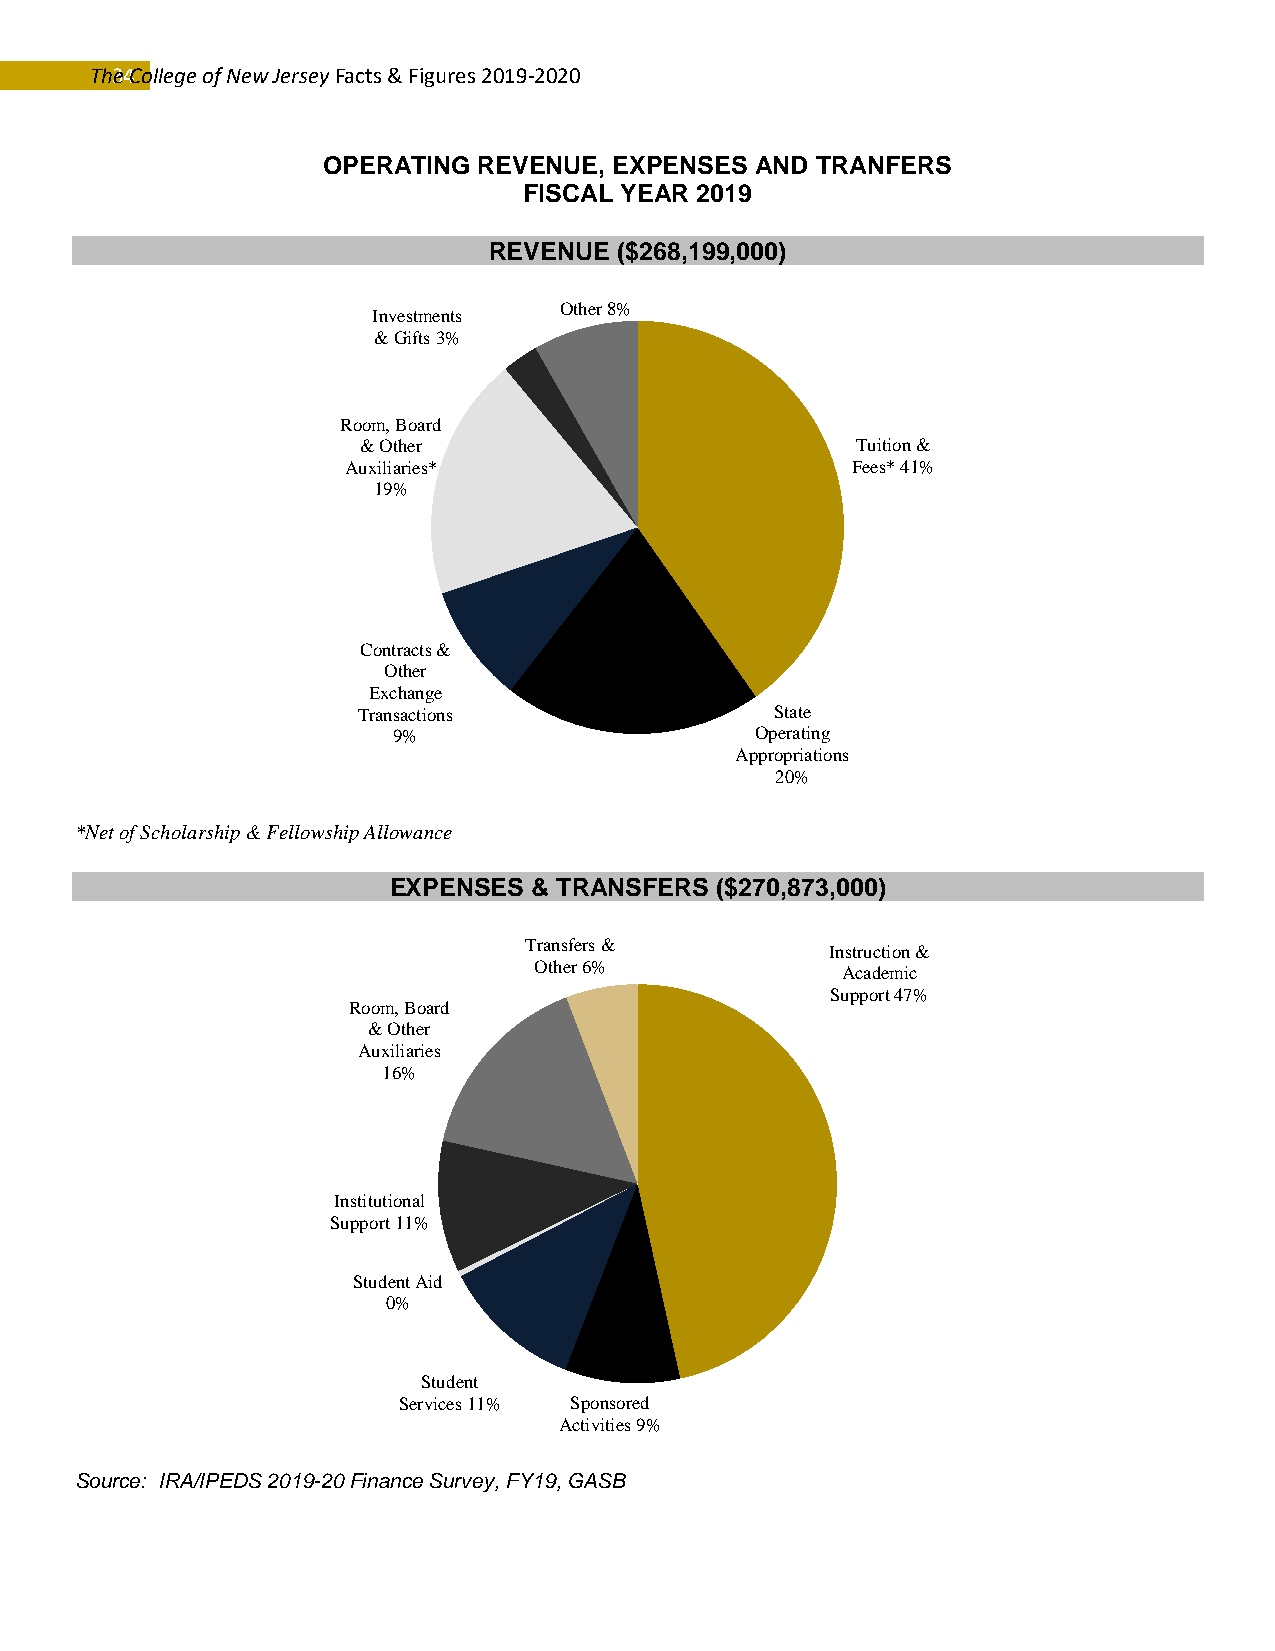
Th3e4 C ollege of New Jersey Facts & Figures 2019-2020
 OPERATING  REVENUE, EXPENSES AND TRANFERS
 FISCAL YEAR 2019
 REVENUE  ($268,199,000)
 Other8%
 Investments
 & Gifts3%
 Room, Board
 & Other                          Tuition &
 Auxiliaries*                     Fees*41%
 19%
 Contracts &
 Other
 Exchange
 Transactions               State
 9%                      Operating
 Appropriations
 20%
 *Net of Scholarship & Fellowship Allowance
 EXPENSES & TRANSFERS ($270,873,000)
 Transfers &
 Instruction &
 Other6%
 Academic
 Support47%
 Room, Board
 & Other
 Auxiliaries
 16%
 Institutional
 Support11%
 Student Aid
 0%
 Student
 Services11% Sponsored
 Activities9%
 Source: IRA/IPEDS 2019-20 Finance Survey, FY19, GASB